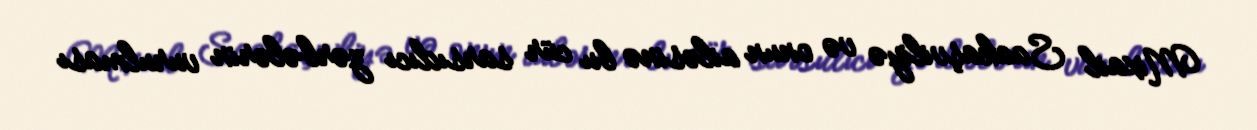
Mixail Saakaşviliyə və onun ailəsinə bu cür sarsıdıcı zərbələrin vurulması